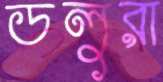
ডলুরা